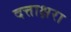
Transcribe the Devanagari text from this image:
दत्ताक्षरा